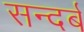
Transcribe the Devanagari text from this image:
सन्दर्ब